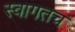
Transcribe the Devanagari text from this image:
स्‍वागतच